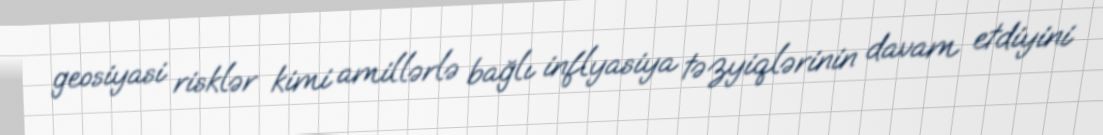
geosiyasi risklər kimi amillərlə bağlı inflyasiya təzyiqlərinin davam etdiyini